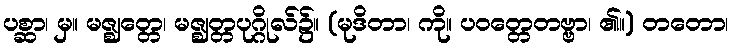
ပစ္ဆာ၊ မှ။ မဇ္ဈတ္တေ၊ မဇ္ဈတ္တပုဂ္ဂိုလ်၌။ (မုဒိတာ၊ ကို။ ပဝတ္တေတဗ္ဗာ၊ ၏။) တတော၊